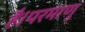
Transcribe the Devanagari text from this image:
है।परमाणु